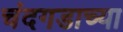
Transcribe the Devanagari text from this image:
चंदगडाच्या